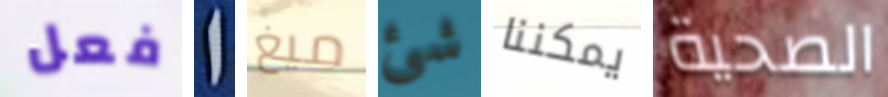
فعل ا ميغ شئ يمكننا الصحية